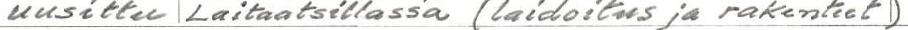
uusittu Laitaatsillassa (laidoitus ja rakenteet)